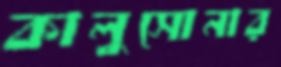
কালুসোনার